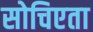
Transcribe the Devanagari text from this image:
सोचिएता